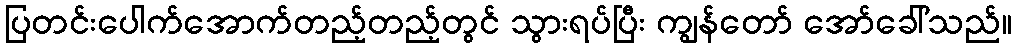
ပြတင်းပေါက်အောက်တည့်တည့်တွင် သွားရပ်ပြီး ကျွန်တော် အော်ခေါ်သည်။